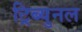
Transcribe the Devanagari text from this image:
ट्रिब्युनल